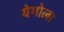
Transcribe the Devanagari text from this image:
येगोला